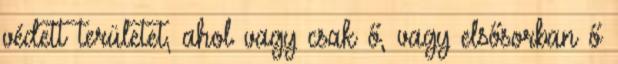
védett területet, ahol vagy csak ő, vagy elsősorban ő